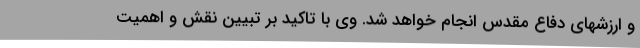
و ارزشهای دفاع مقدس انجام خواهد شد. وی با تاکید بر تبیین نقش و اهمیت